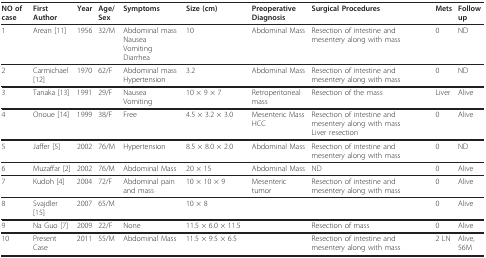
<table><thead><tr><td><b>NO of case</b></td><td><b>First Author</b></td><td><b>Year</b></td><td><b>Age/Sex</b></td><td><b>Symptoms</b></td><td><b>Size (cm)</b></td><td><b>Preoperative Diagnosis</b></td><td><b>Surgical Procedures</b></td><td><b>Mets</b></td><td><b>Follow up</b></td></tr></thead><tbody><tr><td>1</td><td>Arean [11]</td><td>1956</td><td>32/M</td><td>Abdominal massNauseaVomitingDiarrhea</td><td>10</td><td>Abdominal Mass</td><td>Resection of intestine and mesentery along with mass</td><td>0</td><td>ND</td></tr><tr><td>2</td><td>Carmichael [12]</td><td>1970</td><td>62/F</td><td>Abdominal massHypertension</td><td>3.2</td><td>Abdominal Mass</td><td>Resection of intestine and mesentery along with mass</td><td>0</td><td>ND</td></tr><tr><td>3</td><td>Tanaka [13]</td><td>1991</td><td>29/F</td><td>NauseaVomiting</td><td>10 × 9 × 7</td><td>Retroperitoneal mass</td><td>Resection of the mass</td><td>Liver</td><td>Alive</td></tr><tr><td>4</td><td>Onoue [14]</td><td>1999</td><td>38/F</td><td>Free</td><td>4.5 × 3.2 × 3.0</td><td>Mesenteric MassHCC</td><td>Resection of intestine and mesentery along with massLiver resection</td><td>0</td><td>Alive</td></tr><tr><td>5</td><td>Jaffer [5]</td><td>2002</td><td>76/M</td><td>Hypertension</td><td>8.5 × 8.0 × 2.0</td><td>Abdominal Mass</td><td>Resection of intestine and mesentery along with mass</td><td>0</td><td>ND</td></tr><tr><td>6</td><td>Muzaffar [2]</td><td>2002</td><td>76/M</td><td>Abdominal Mass</td><td>20 × 15</td><td>Abdominal Mass</td><td>ND</td><td>0</td><td>Alive</td></tr><tr><td>7</td><td>Kudoh [4]</td><td>2004</td><td>72/F</td><td>Abdominal pain and mass</td><td>10 × 10 × 9</td><td>Mesenteric tumor</td><td>Resection of intestine and mesentery along with mass</td><td>0</td><td>Alive</td></tr><tr><td>8</td><td>Svajdler [15]</td><td>2007</td><td>65/M</td><td></td><td>10 × 8</td><td></td><td></td><td>0</td><td>Alive</td></tr><tr><td>9</td><td>Na Guo [7]</td><td>2009</td><td>22/F</td><td>None</td><td>11.5 × 6.0 × 11.5</td><td></td><td>Resection of mass</td><td>0</td><td>Alive</td></tr><tr><td>10</td><td>Present Case</td><td>2011</td><td>55/M</td><td>Abdominal Mass</td><td>11.5 × 9.5 × 6.5</td><td></td><td>Resection of intestine and mesentery along with mass</td><td>2 LN</td><td>Alive, 56M</td></tr></tbody></table>